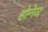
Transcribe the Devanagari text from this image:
होनेय